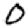
Digit: 0